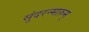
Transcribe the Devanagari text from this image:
सुंदरन्मारुम्